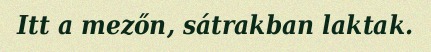
Itt a mezőn, sátrakban laktak.